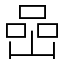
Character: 喦